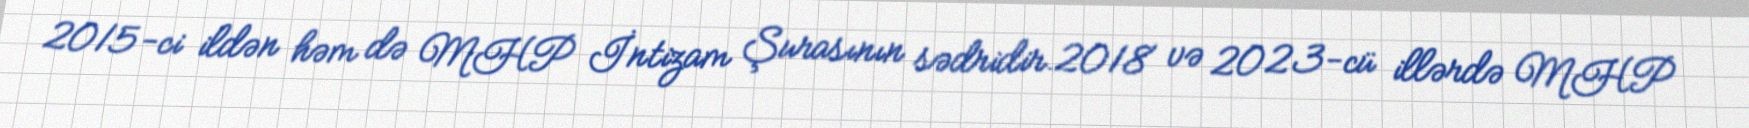
2015-ci ildən həm də MHP İntizam Şurasının sədridir.2018 və 2023-cü illərdə MHP